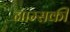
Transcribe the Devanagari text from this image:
नाम्सकी